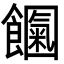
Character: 𩟍